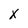
Character: x